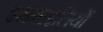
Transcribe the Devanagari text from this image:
इसमाइलियों